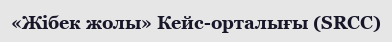
«Жібек жолы» Кейс-орталығы (SRCC)